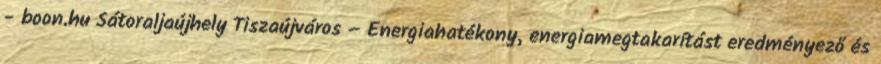
- boon.hu Sátoraljaújhely Tiszaújváros – Energiahatékony, energiamegtakarítást eredményező és